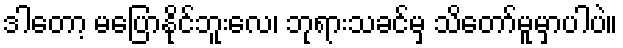
ဒါတော့ မပြောနိုင်ဘူးလေ၊ ဘုရားသခင်မှ သိတော်မူမှာပါပဲ။